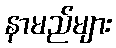
နာမည်များ